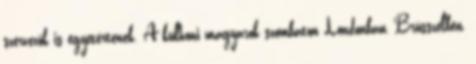
szervezők is egyetértenek. A külhoni magyarok szombaton Londonban, Brüsszelben,